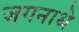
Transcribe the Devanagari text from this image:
जगनाधे